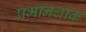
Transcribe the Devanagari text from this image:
प्रभानधाक